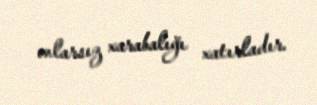
onlarsız xarabalığı xatırladır.